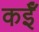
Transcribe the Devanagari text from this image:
कईँ